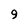
Character: 9